Lunatic asylums Madras 1892-1911 - 1892-1911
Year: 1892
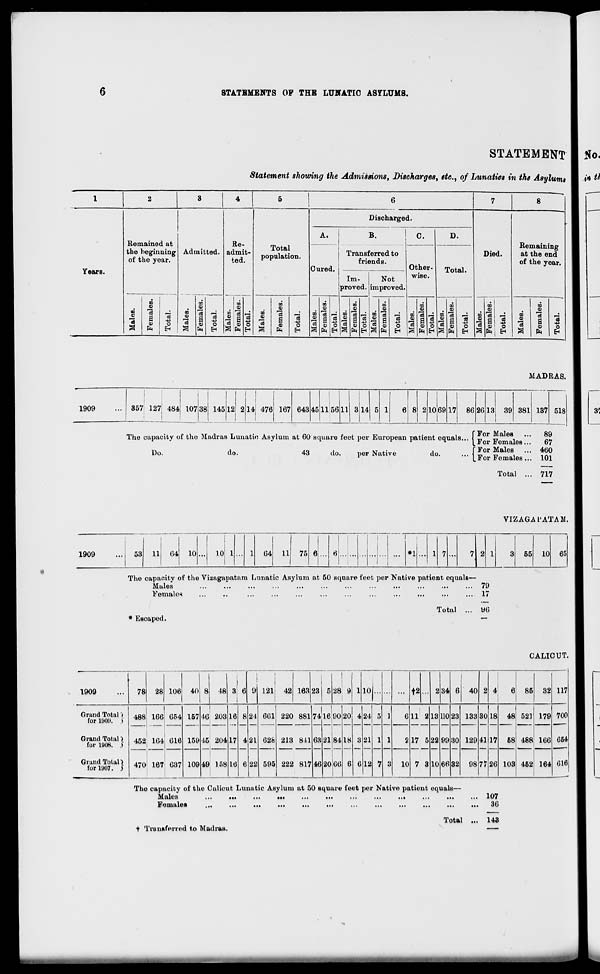
STATEMENTS OF THE LUNATIC ASYLUMS.
STATEMENT
Statement showing the Admissions, Discharges, etc., of Lunatics in the Asylums
1
2
3
4
5
'
toh
6
7
8
Die arged.
A.
B.
c.
D.
1
Remained at
Re-
Total
population.
Remaining
at the end
the heginning Admitted. admit-
Transferred to
Died.
of the year.
ted.
friends.
of the year.
Years.
Cured.
Other-
Total.
Im-
Not
wise.
proved.
__
improved.
CO
m
DO
00
09
m
m
no
.
. i
00
(D
CD
4)
O
CD
0)
ni
S i
01
m
3
"3
c3
S
fa
13
o
EH
00
fa
13
o
EH
00 'cS
a
fa
13
O
EH
CO
O
13
S
-3
S
fa
"3
o
EH
00
0>
13
■a
a
CD
fa
"eg
o
EH
00
"3
P
a
fa
ci
o
EH
00
3
■ 3
a
01
fa
%
-♦a
0
EH
00
01
13
13
a
fa
3
0
00
0)
*
15
a
fa
S3
O
EH
00
01
a
1* fa, EH
00
IS
"3
a
CD
fa
13
43
O
EH
MADRAS.
1909
357 127 484 107 38 145 12 2 14 476 167 643 45 1156 11
14
1069 17 86 2G 13 39 381 137 518
[For Males
89
The capacity of the Madras Lunatio Asylum at 60 square feet per European patient equals... I j, mi '"
c^
Do.
do.
43
do.
per Native
do.
... f l 01 Males , - ft?
1
LFor Females ... 101
Total ... 717
1909
53 11 04 10
1.0
04 11 75
#1
VIZAGAl'ATAM.
The capacity of the Vizagapatam Lunatic Asylum at 50 square feet per Native patient equals—
Males
...
...
...
...
...
...
...
...
...
...
•••
... 79
Femalen
...
..
...
...
...
...
...
...
...
...
•••
... 17
* Escaped.
Total
yo
55 10 65
CALICUT.
1909
78 28 106 40 8 18 i a
1
;
9 181 42 163 23 5
I
28 9
1
1 io|... ... ... t2 ... 2 34 6
I
40 2 4
6 85 32 117
Grand Total >
for 10051. i
Grand Total}
for 1008. i
| 1
488 166; 654
1
452 164 616
1
157
159
109
46; 203
45' 204
16
17
16
8
4
6
21
21
22
661
62fe
595
220 881
213 841
74
63
46
1
16 90
8184
20
18
6
4
3
6
24
21
12
5
1
7
1
1
3
6
2
10
11 2
17 5
13
22
10
no
99
66
23
30
32
133
129
98
30
41
77
18
17
48
68
521
488
452
179
166
700
654
Grand Total >
tor 1007. ; 470 167 637
4JJ 158
222 817
20 M
7 3
26 103
164 616
The capacity of the Culicut Lunatic Asylum at 50 square feet per Native patient equals—
Males
...
...
...
...
...
...
••■
...
...
■■■
•••
... 107
Demaies
...
...
...
...
...
•••
...
...
...
...
...
...
**o
Total ... 143
+ Tranifarred to Madras.